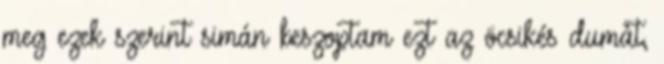
meg ezek szerint simán beszoptam ezt az öcsikés dumát,